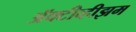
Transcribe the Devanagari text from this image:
ॲक्टीव्हीझम